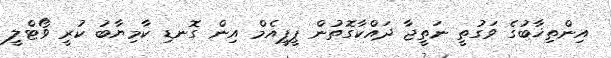
އިންތިޚާބުގެ ވަގުތީ ނަތީޖާ ދައްކާގޮތުން ޕީޕީއެމް އިން ގޮނޑި ކާމިޔާބު ކުރީ ވޯޓްލީ